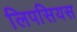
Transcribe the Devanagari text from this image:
लिपसियस